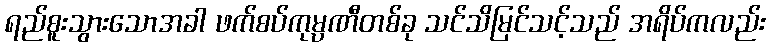
ရည်စူးသွားသောအခါ ဖက်စပ်ကုမ္ပဏီတစ်ခု သင်သိမြင်သင့်သည် အရိပ်ကလည်း